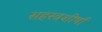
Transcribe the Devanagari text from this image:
सहस्त्रशीर्षा